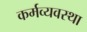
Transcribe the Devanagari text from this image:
कर्मव्यवस्था